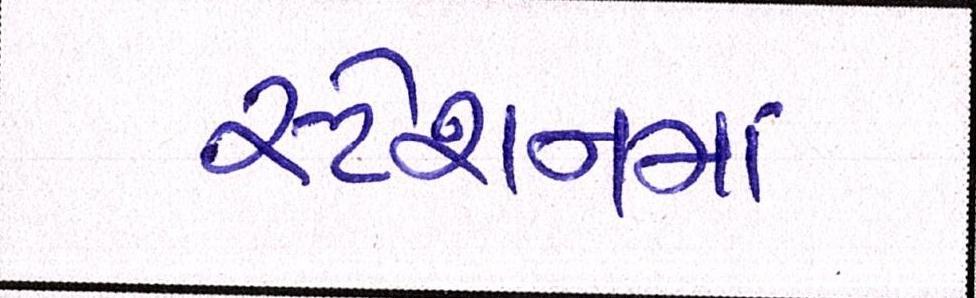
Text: સ્ટેશનમાં